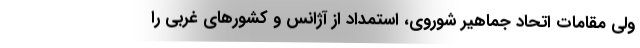
ولی مقامات اتحاد جماهیر شوروی، استمداد از آژانس و کشورهای غربی را